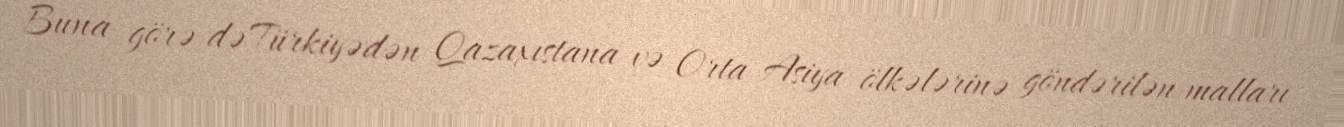
Buna görə də Türkiyədən Qazaxıstana və Orta Asiya ölkələrinə göndərilən malları